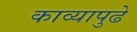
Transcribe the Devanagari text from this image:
काव्यापुढे